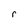
Character: r